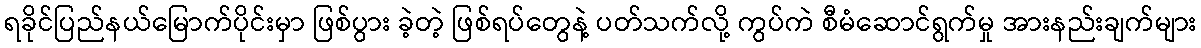
ရခိုင်ပြည်နယ်မြောက်ပိုင်းမှာ ဖြစ်ပွား ခဲ့တဲ့ ဖြစ်ရပ်တွေနဲ့ ပတ်သက်လို့ ကွပ်ကဲ စီမံဆောင်ရွက်မှု အားနည်းချက်များ